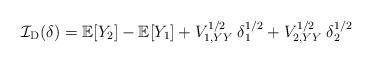
LaTeX: \begin{align*} \mathcal{I}_{\mathrm{D}}(\delta) = \mathbb{E}[Y_2] - \mathbb{E}[Y_1] + V_{1, YY}^{1/2} \; \delta_1^{1/2} + V_{2, YY}^{1/2}\; \delta_2^{1/2} \end{align*}